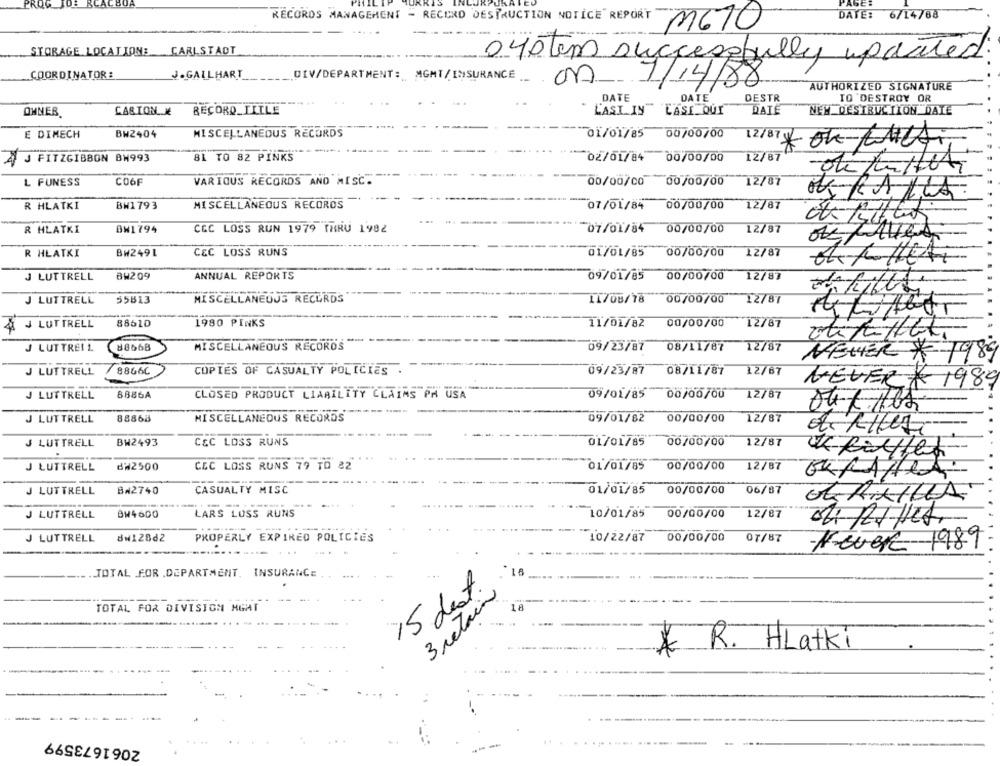
PROG JO:
ACBO
DATE:
6/14/88
RECORDS MANAGEMENT - RECORD DESTRUCTION NOTICE" REPORT
M670
STORAGE LOCATION: CARLSTADT
040 tem successfully updated
COORDINATOR:
J.GALLHART
DEV/DEPARTMENT : MGMT/ INSURANCE __
on
1/14/88
AUTHORIZED SIGNATURE
DATE
DATE
DESTR
TO DESTROY OR
OHNER.
CARTON.M
RECORD_TITLE
LASI IN LASI QUI
DATE
NEW DESTRUCTION DATE
E DIMECH
BW2404
MISCELLANEOUS RECORDS
01/01/85
00/00/00
12/07 *OK-LALA
J FITZGIBBON BH993
81 TO 82 PINKS
02/01/84 00/00/00
12/87
L FUNESS
CO6F
VARIOUS RECORDS AND MISC.
00/00/00 00/00/00
12/87
R HLATKI
BW1 793
MISCELLANEOUS RECORDS
07/01/84 00/00/00 12/87
R HLATKI
BW1794
CCC LOSS RUN 1979 THRU 1982
-07/01/84
07/01/84 00/00/00
00/00/00
12/87
OK/AHe
R HLATKI
BH2491
CEC LOSS RUNS
01/01/85 00/00/00
12/87
J LUTTRELL
Bw209
ANNUAL REPORTS
09/01/85 00/00/00
12/87
55813
MISCELLANEOUS RECORDS
11/08/18 00/00/00
12/87
J LUTTRELL
8861D
1980 PINKS
& J LUT TRELL
11/01/82
11/01/82 00/00/00
00/00/00
12/87
J LUTTRELL
88668
MISCELLANEOUS RECOROS
09/23/87 08/11/87
12/87
NEWER * 1989
J LUTTRELL
/8866C
COPIES OF CASUALTY POLICIES
09/23/87 08/11/87
12/67
NEVERA 1989
J LUTTRELL
8886A
CLOSED PRODUCT LIABILITY CLAIMS PM USA
09/01/85 00/00/00
12/87
J LUT TRELL
88868
MISCELLANEOUS RECORDS
09/01/82 00/00/00
00/00/00
12/87
J LUTTRELL
BW2493
CEC LOSS RUNS
01/01/85 00/00/00
12/87
J LUTTRELL
dW2500
CEC LOSS RUNS 79 TD 82
01/01/85 00/00/00
12/87
B#2740
CASUALTY MISC
J LUTTRELL
01/01/85 00/00/00
06/87
-
BW4600
LARS LOSS RUNS
J LUTTRELL
10/01/85
00/00/00
12/87
8W128d2
PROPERLY EXPIRED POLICIES
J LUTTRELL
10/22/87
00/00/00 07/87
Never-1989
...
... TOTAL FOR .DEPARTMENT. INSURANCE ,
15 dest.
3 retain
18
TOTAL FOR DIVISION HGAT
* R. HLatki
2061673599